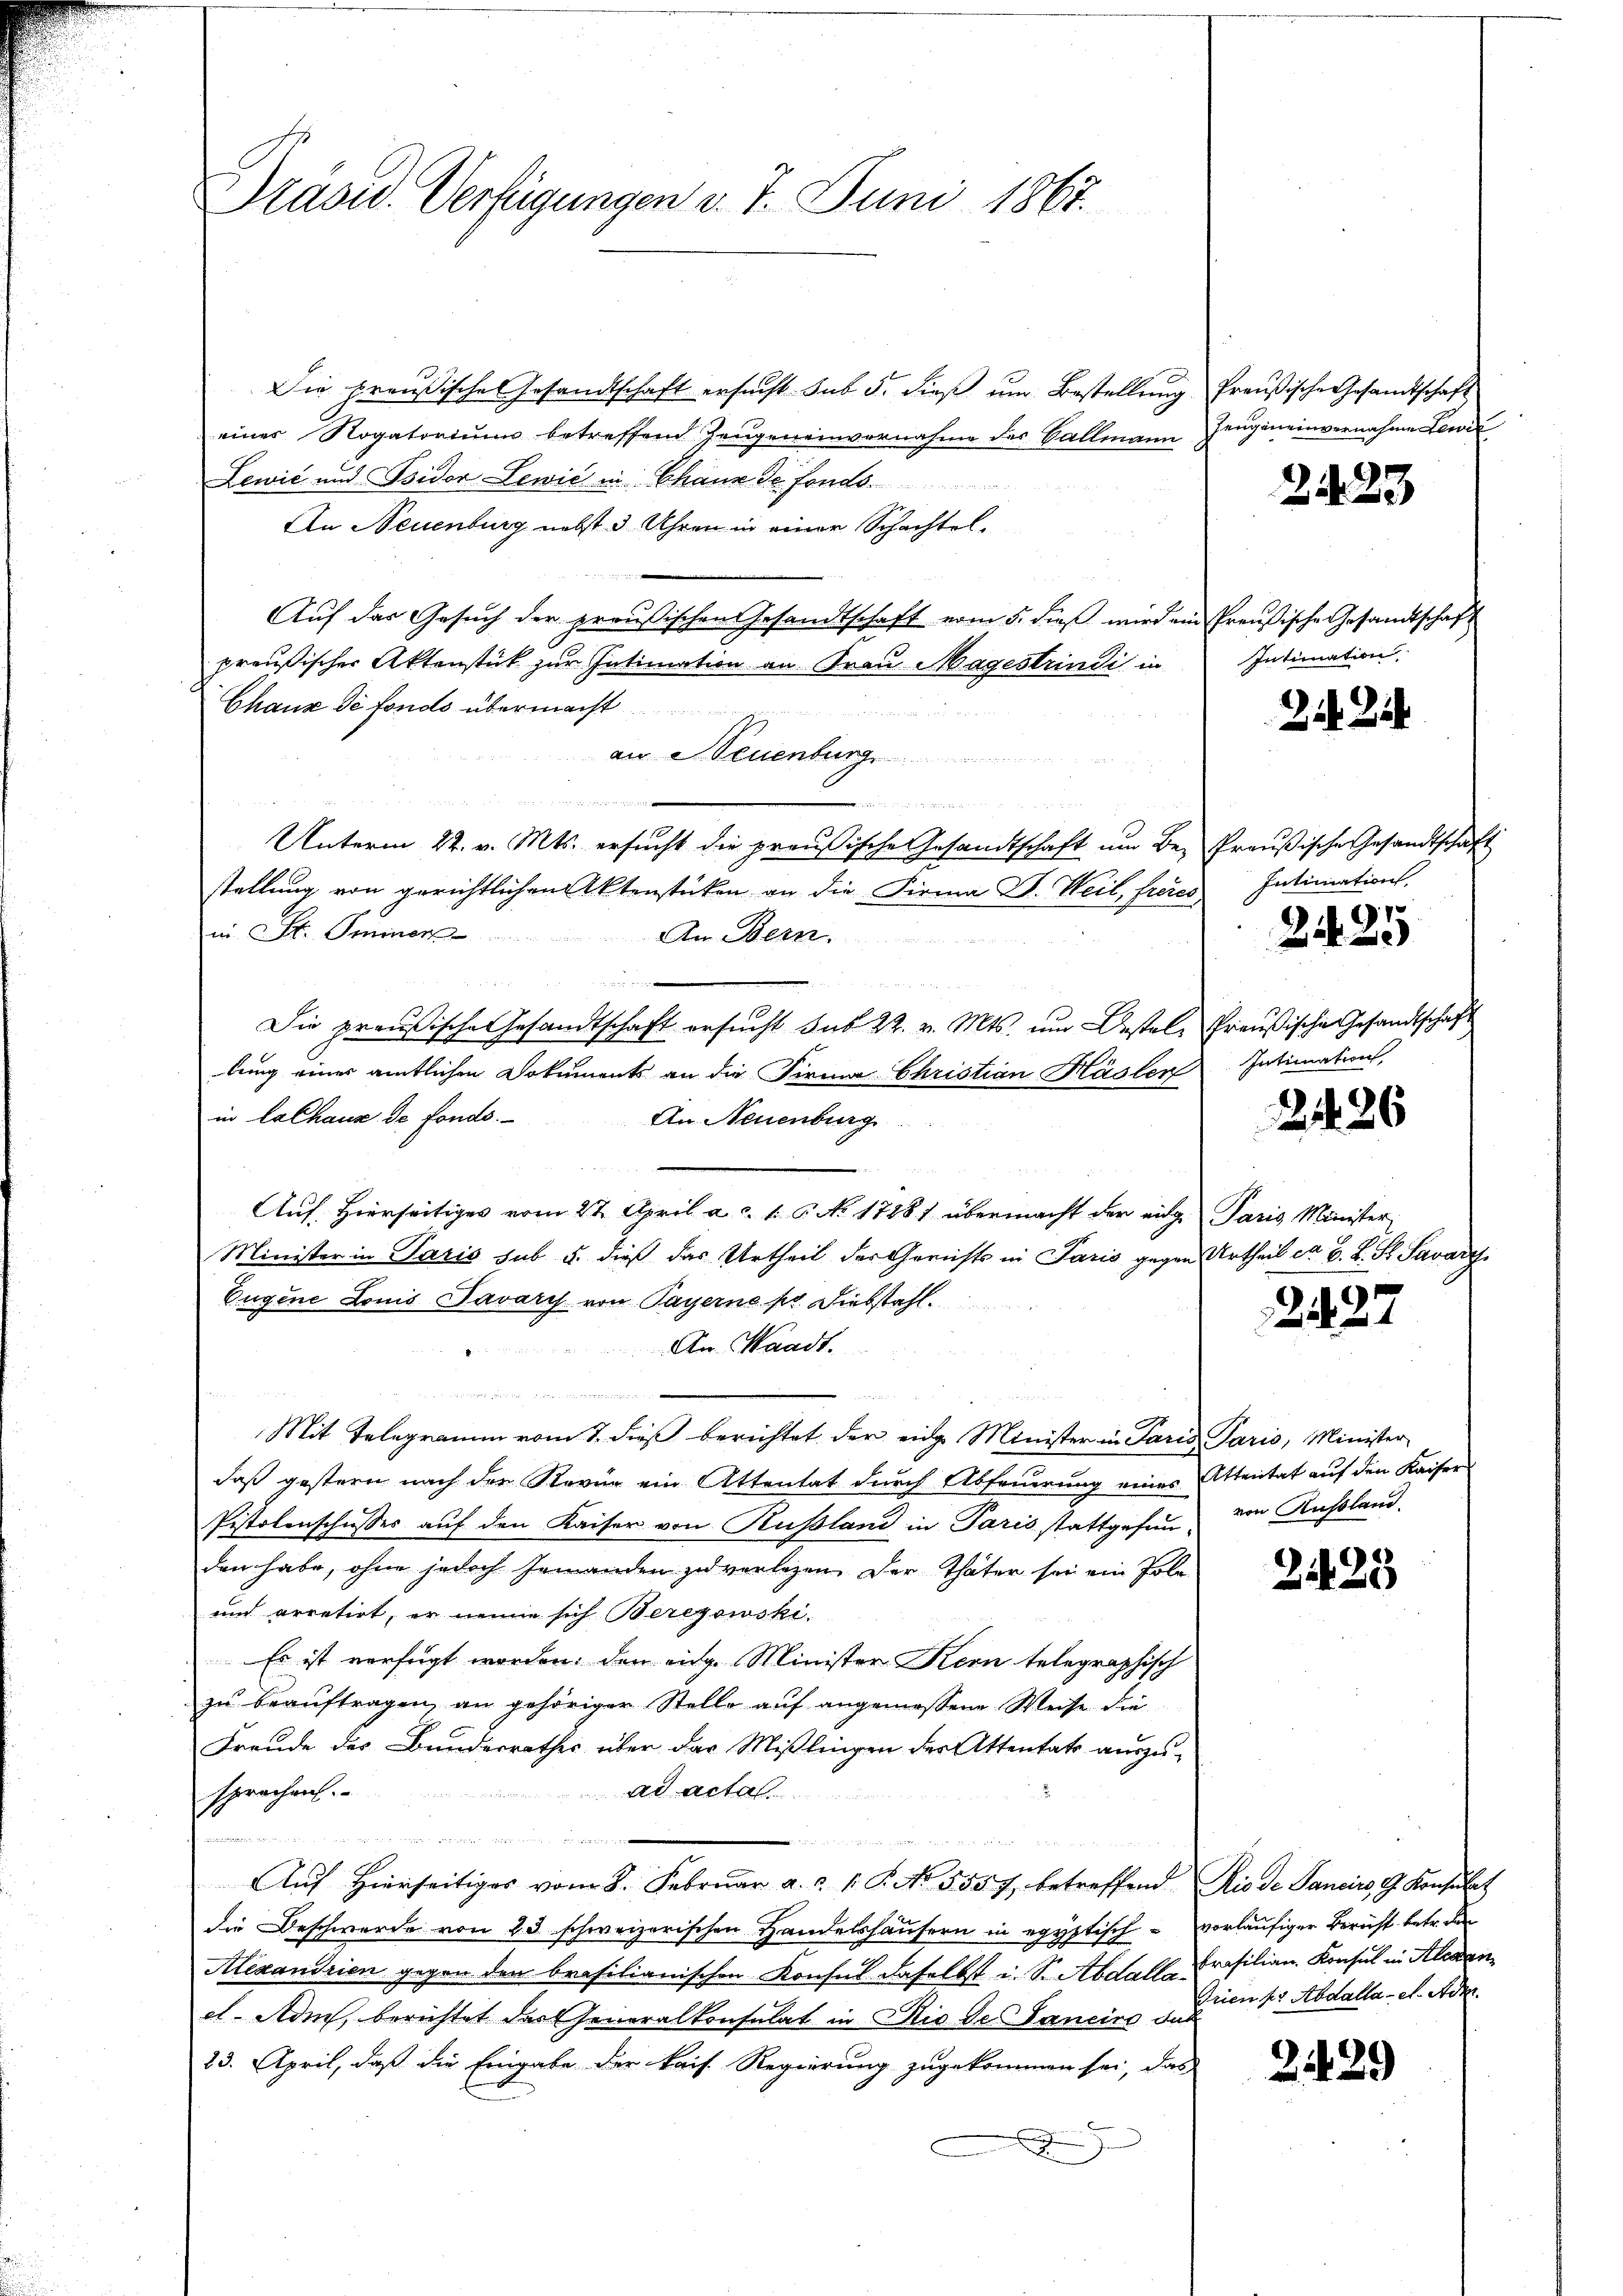
Prasid. Verfügungen d. 7. Juni 1867.

Die preußische Gesandtschaft ersucht. sub 5. dieß um Bestellung Preußische Gesandtschaft
einer Rogatorium betreffend Zeugeneinvernahme des Ballmann Hingeneinvernahme Lewić
Lewić und Isidor Lewić in Chaux de fondo
An Neuenburg nebst 3 Uhren in einer Schachtel,
Auf das Gesuch der preußischen Gesandtschaft vom 5. dieß wird ein Preußische Gesandtschaft
preußischer Aktenstück zur Intimation an Frau Magestrindi in Intimation
Chaux de fonds übermacht
 x
an Neuenburg

Unterm 22. v. Mts. ersucht die preußische Gesandtschaft um Be- Preußische Gesandtschaft
stellung von gerichtlichen Aktenstücken an die Firma D. Weil, freies
in. St. Aminer
An Bern.

Die preußische Gesandtschaft ersucht sub 22. v. Mts. um Bestel, Preußische Gesandtschaft
lung einer amtlichen Dokuments an die Firma Christian Hasler Intimation
in Lalhaus de fonds.
An Neuenburg
Auf Hierseitiges vom 27. April a. c. l. C. No 17881 übermacht der eidg. Paris Minister
Minister in Paris sub 5. dieß das Urtheil der Gerichts in Paris gegen Urtheil cr B. L. St. Savary
Eugene Louis Javary von Payerne pr. Diebstahl
An Waadt.
n
Mit Telegramm vom 7. dieß berichtet der einge Minister in Paris Paris, Minister
daß gestern nach der Revue ein Attentat durch Abfeuerung eines Attentat auf den Kaiser
Pistolenschusser auf den Kaiser von Russland in Paris stattgehen von Russland.
den habe, ohne jedoch jemanden zu verlesen. Der Thäter sei ein Poli-
und arretirt, er nenne sich Berezowski.
Es ist verfügt worden, den eidg. Minister Stern telegraphisch
zu beauftragen, an gehöriger Stelle auf angemessene Weise die
Freude des Bundesrathes über das Mißlingen des Attentats auszu-
ad actal
sprachen.

 u Statt
Aŭf Hierseitiges vom 8. Febrŭar a. c. 1. P. No. 5557, betreffend Rio de Sanciro, G. Konsulat
die Beschwerde von 23 schweizerischen Handelshäusern in egyptisch - vorläufiger Bericht betr. den
Alexandrien gegen den brasilianischen Konsul daselbst i. S. Abdalle Prasilian. Konsul in Alexanel. Adm, berichtet der Generalkonsulat in die de Janeiro das
23. April, daß die Eingabe der kais. Regierung zugekommen sei, das
E

2423

22

Intimation,
9
2

n

2426

2427

2423

Trien pr Abdalla - et. Adm

2129